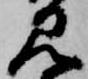
見